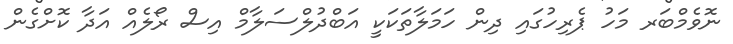
ނޮވެމްބަރ މަހު ޕެރިހުގައި ދިން ހަމަލާތަކަކީ އަބްދުލްސަލާމް އިސް ރޯލެއް އަދާ ކޮށްގެން